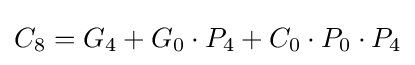
C_{8}=G_{4}+G_{0}\cdot P_{4}+C_{0}\cdot P_{0}\cdot P_{4}